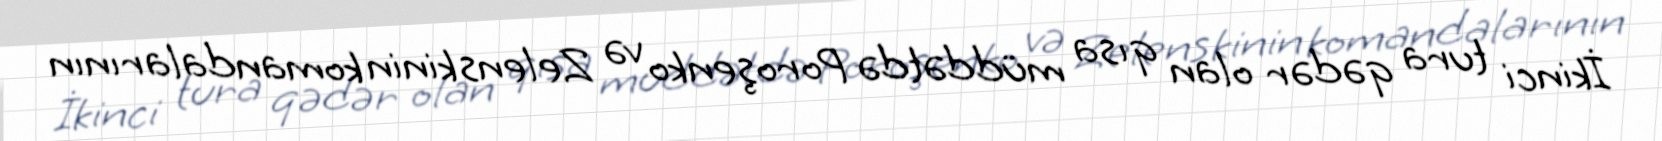
İkinci tura qədər olan qısa müddətdə Poroşenko və Zelenskinin komandalarının